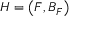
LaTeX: H = \left( F , B _ { F } \right)